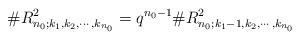
LaTeX: \begin{align*}\#R^2_{n_0;k_1,k_2,\cdots,k_{n_0}}=q^{n_0-1}\#R^2_{n_0;k_1-1,k_2,\cdots,k_{n_0}}\end{align*}